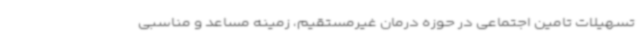
تسهیلات تامین اجتماعی در حوزه درمان غیرمستقیم، زمینه مساعد و مناسبی